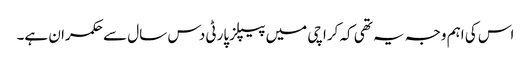
اس کی اہم وجہ یہ تھی کہ کراچی میں پیپلزپارٹی دس سال سے حکمران ہے۔